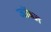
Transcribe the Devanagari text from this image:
जॉब्ज